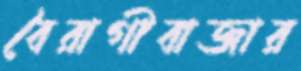
বৈরাগীবাজার